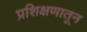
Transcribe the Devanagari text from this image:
प्रशिक्षणातून